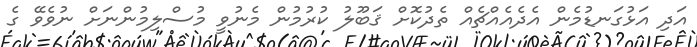
އަދި އަޅުގަނޑުމެން އެދެއެއްޗެއް ތެދުކޮށް ޤަބޫލު ކުރުމުން މެނުވީ މުސްލިމުންނަށް ނުވެވޭ ގެ